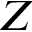
Z